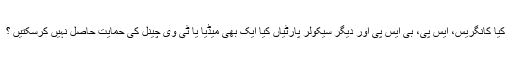
کیا کانگریس، ایس پی، بی ایس پی اور دیگر سیکولر پارٹیاں کیا ایک بھی میڈیا یا ٹی وی چینل کی حمایت حاصل نہیں کرسکتیں ؟